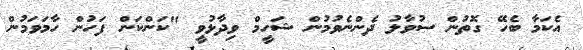
އެކަމާ ބެހޭ ގޮތުން ސުވާލު ދެންނެވުމުން ޝަހީމް ވިދާޅުވީ "ކަންކަން ފަހުން ހާމަވަމުން